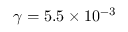
\gamma = 5 . 5 \times 1 0 ^ { - 3 }